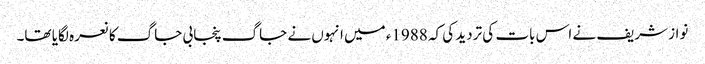
نواز شریف نے اس بات کی تردید کی کہ 1988ء میں انہوں نے جاگ پنجابی جاگ کا نعرہ لگایا تھا۔